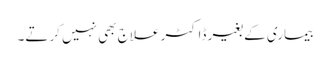
بیماری کے بغیر ڈاکٹر علاج بھی نہیں کرتے۔